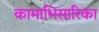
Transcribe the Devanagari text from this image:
कामाभिसारिका